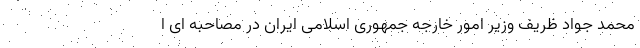
محمد جواد ظریف وزیر امور خارجه جمهوری اسلامی ایران در مصاحبه ای ا